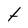
Character: t